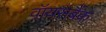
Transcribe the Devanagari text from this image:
वॉयसबैंक